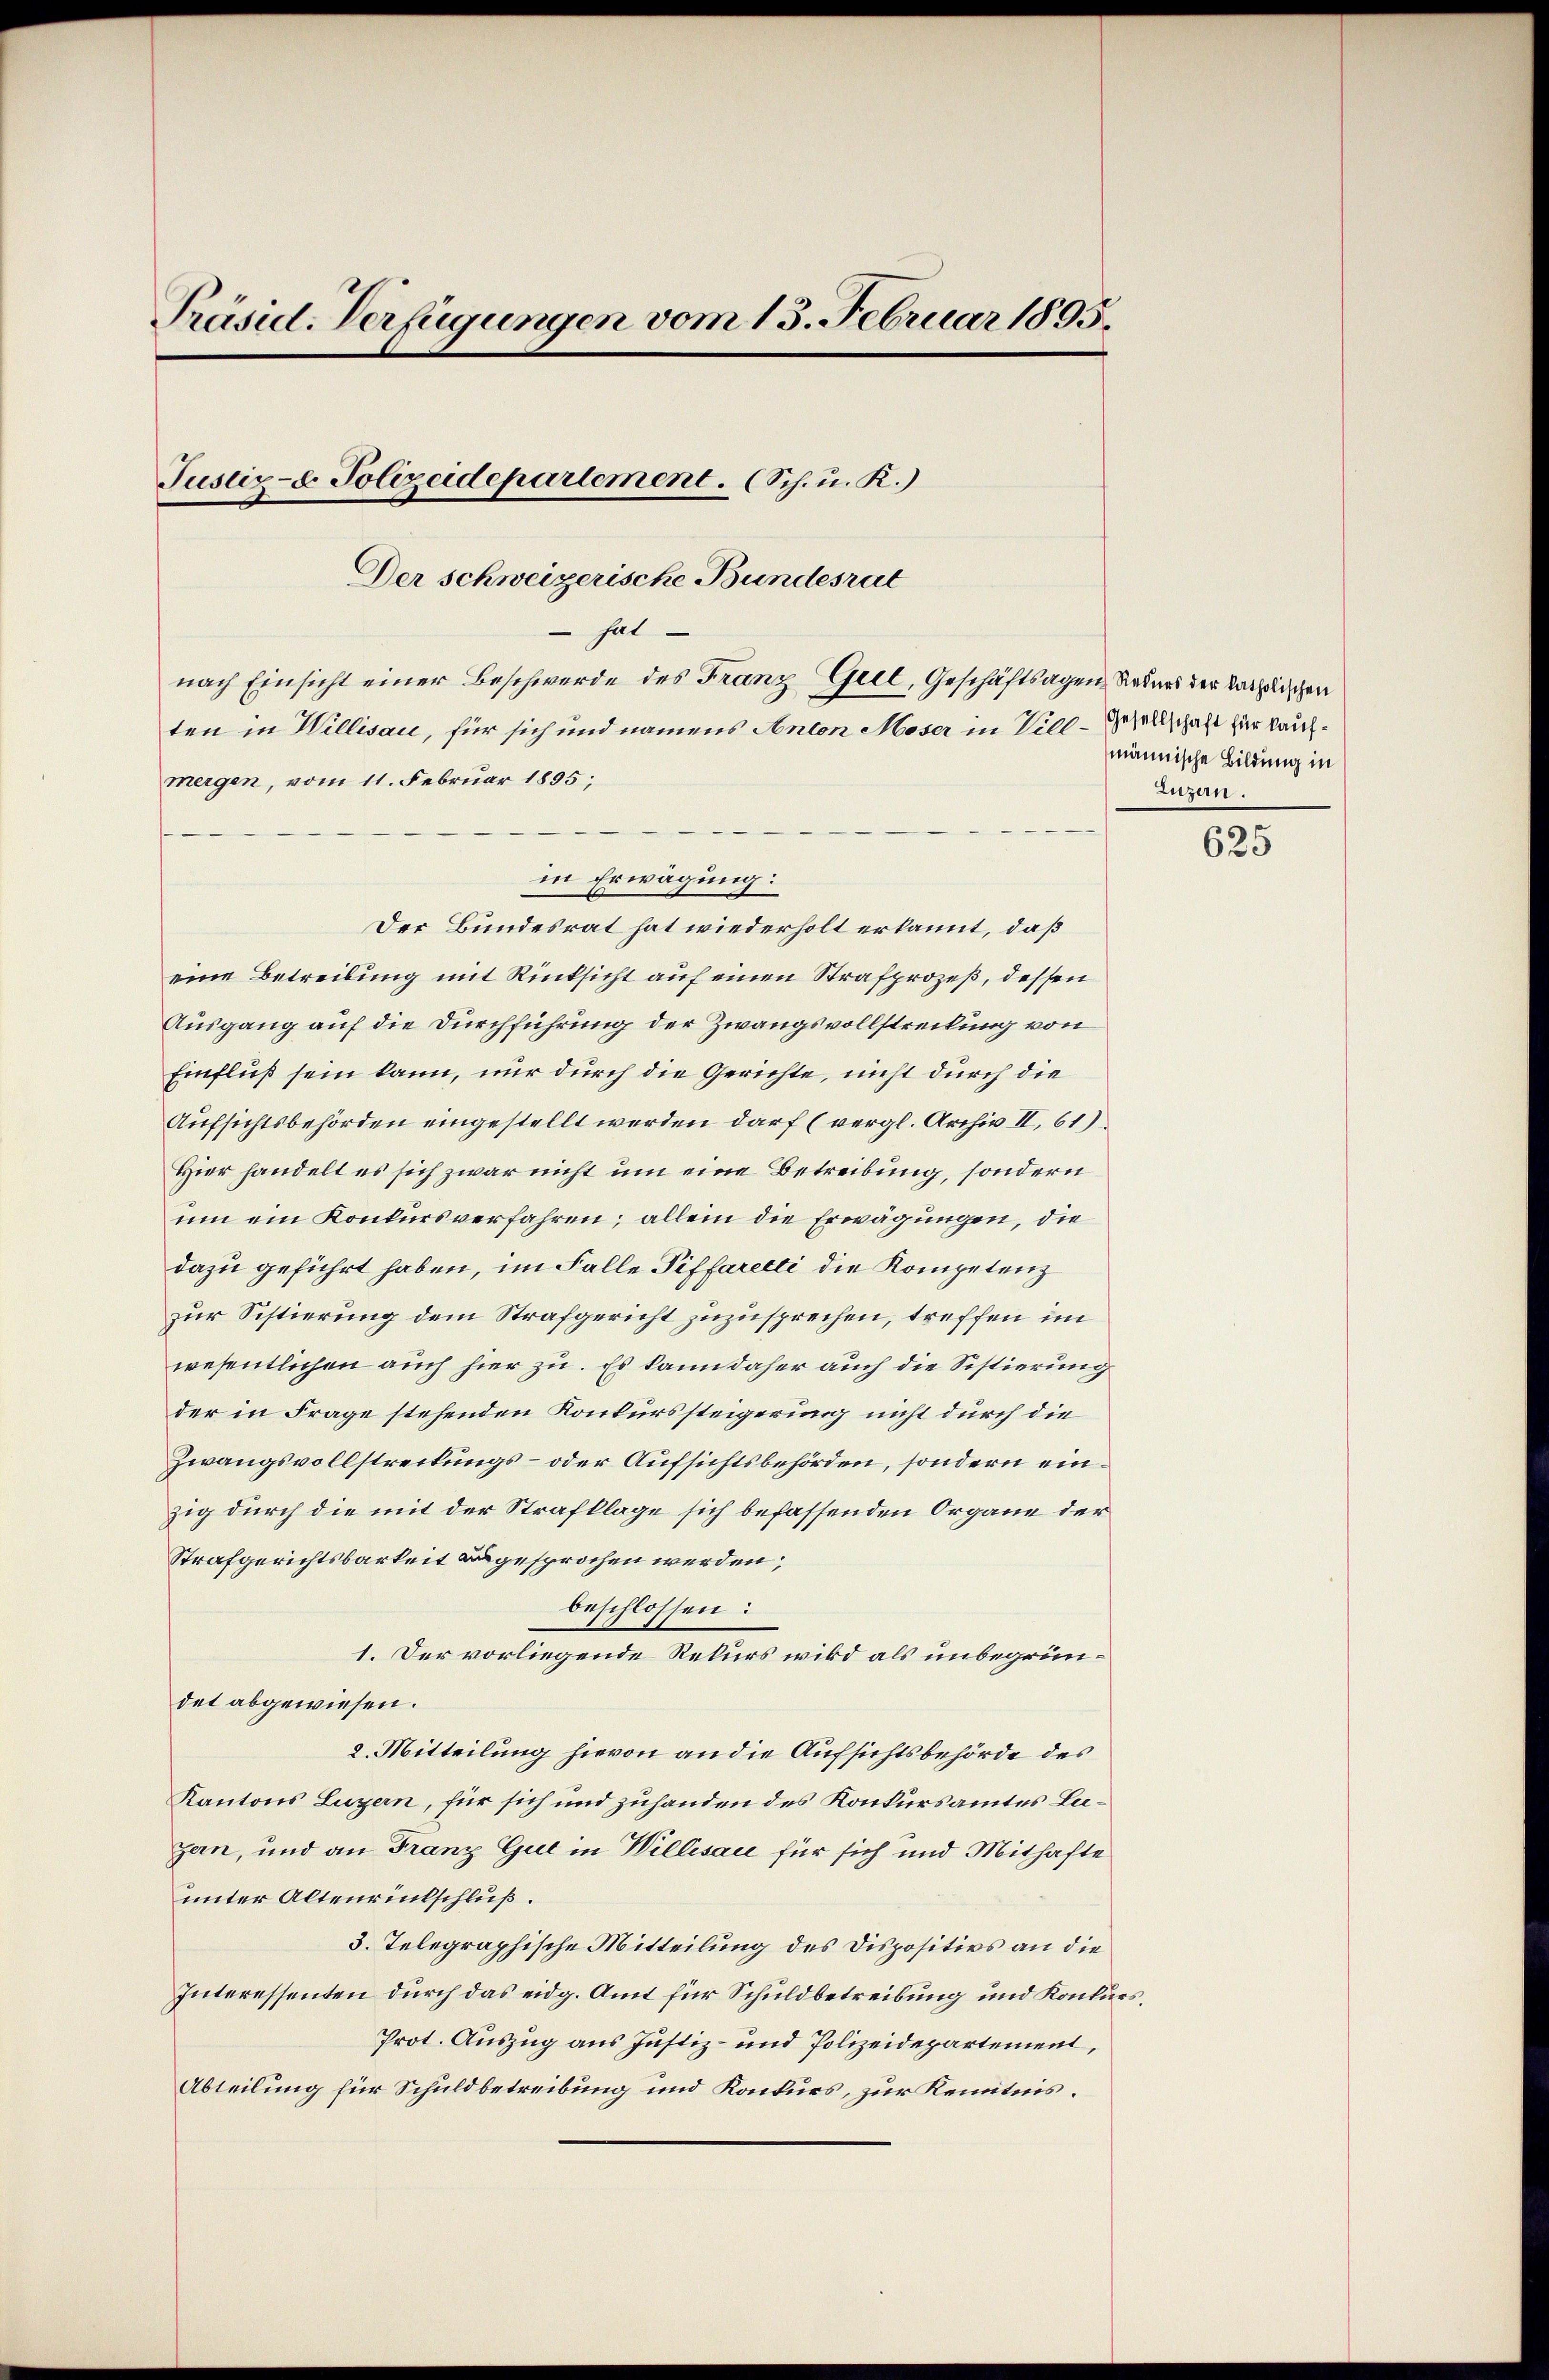
Präsid-Verfügungen vom 13. Februar 1895.
Justiz- & Polizeidepartement. (Sch. u. R.)
Der schweizerische Bundesrat
 hat.
nach Einsicht einer Beschwerde des Franz Geel, Geschäftsagen Rekurs der katholischen

ten in Willisau, für sich und namens Anton Moser in Vill-Gesellschaft für kaufmergen, vom 11. Februar 1895;
Der Bundesrat hat wiederholt erkannt, daß
eine Betreibung mit Rücksicht auf einen Strafprozeß, dessen
Ausgang auf die Durchführung der Zwangsvollstreckung von
Einfluß sein kann, nur durch die Gerichte, nicht durch die
Aufsichtsbehörden eingestellt werden darf (vergl. Archiv II, 61)
Hier handelt es sich zwar nicht um eine Betreibung, sondern
um ein Konkursverfahren; allein die Erwägungen, die
dazu geführt haben, im Falle Piffaretti die Kompetenz
zur Sistierung dem Strafgericht zuzusprechen, treffen im
wesentlichen auch hier zu. Es kann daher auch die Sistierung
der in Frage stehenden Konkurssteigerung nicht durch die
Zwangsvollstreckungs- oder Aufsichtsbehörden, sondern einzig durch die mit der Strafklage sich befassenden Organe der
Strafgerichtsbarkeit zugesprochen werden;
beschlossen:
1. Der vorliegende Rekurs wird als unbegründet abgewiesen.
2. Mitteilung hievon an die Aufsichtsbehörde des
Kantons Luzern, für sich und zuhanden des Konkursamtes Legen, und an Franz Gut in Willisau für sich und Mithafte
unter Altenrinkschluß.
3. Telegraphische Mitteilung des Dispositios an die
Interessenten durch das eidg. Amt für Schuldbetreibung und Konkurs
Prot. Auszug aus Justiz- und Polizeidepartement,
Abteilung für Schuldbetreibung und Konkurs, zur Kenntnis.

in Erwägung:

männische Bildung in
Luzern.

625